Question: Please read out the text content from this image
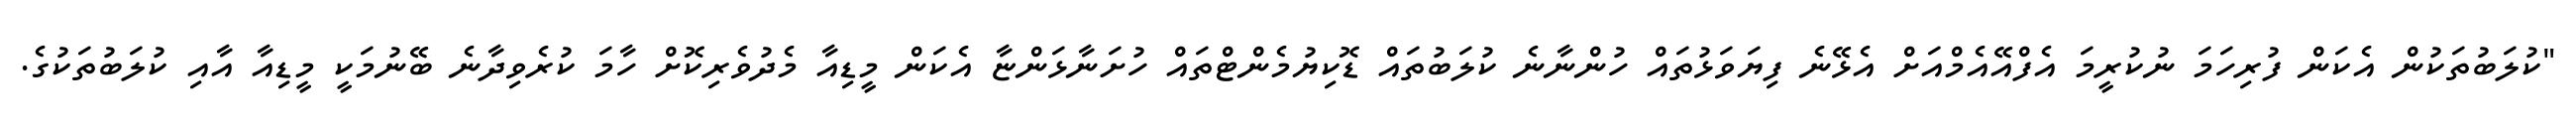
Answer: "ކުލަބުތަކުން އެކަން ފުރިހަމަ ނުކުރީމަ އެފްއޭއެމްއަށް އެޅޭނެ ފިޔަވަޅުތައް ހުންނާނެ ކުލަބުތައް ޑޮކިޔުމެންޓްތައް ހުށަނާޅަންޏާ އެކަން މީޑިއާ މެދުވެރިކޮށް ހާމަ ކުރެވިދާނެ ބޭނުމަކީ މީޑިއާ އާއި ކުލަބުތަކުގެ.